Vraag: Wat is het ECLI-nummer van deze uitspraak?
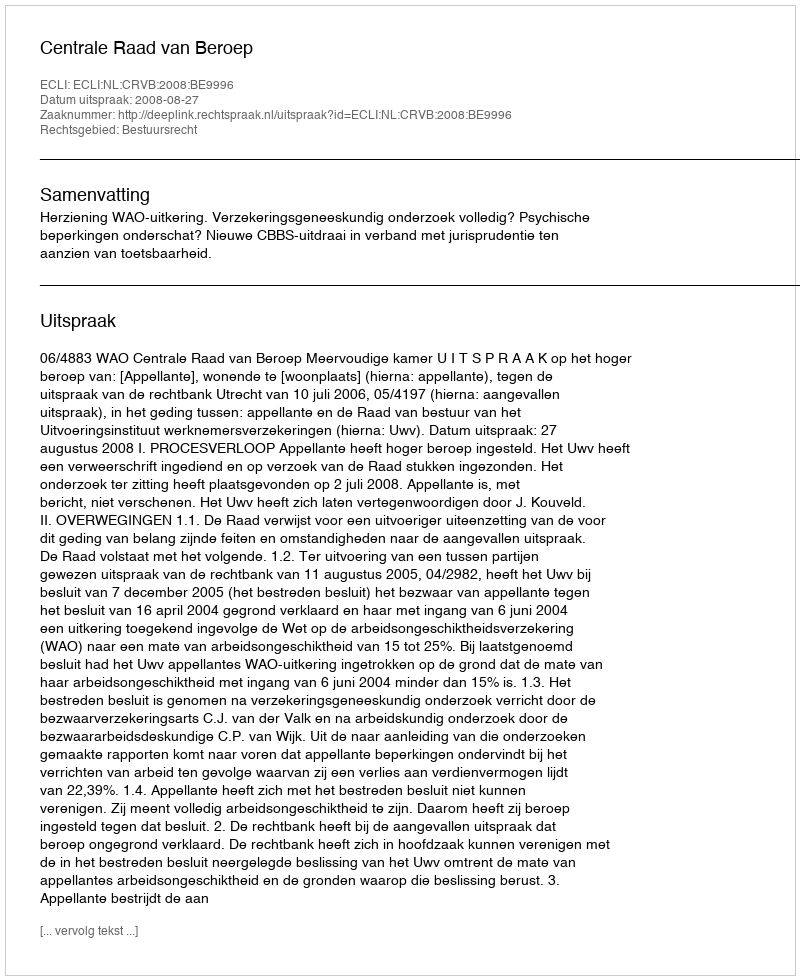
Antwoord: ECLI:NL:CRVB:2008:BE9996